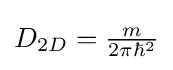
D_{2D}={\tfrac {m}{2\pi \hbar ^{2}}}